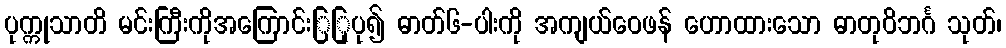
ပုက္ကုသာတိ မင်းကြီးကိုအကြောင်းြြုပု၍ ဓာတ်၆-ပါးကို အကျယ်ဝေဖန် ဟောထားသော ဓာတုဝိဘင်္ဂ သုတ်၊